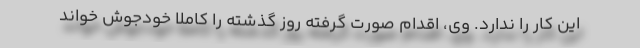
این کار را ندارد. وی، اقدام صورت گرفته روز گذشته را کاملا خودجوش خواند